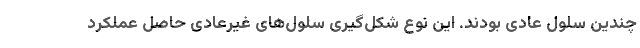
چندین سلول عادی بودند. این نوع شکل‌گیری سلول‌های غیرعادی حاصل عملکرد